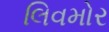
લિવમોર